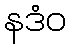
နဒံဝ